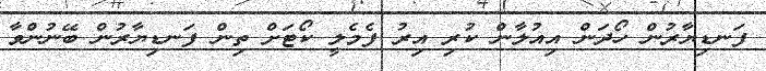
ފަނޑިޔާރުން ހޯދަން އިއުލާން ކުރި އިރު ފެމެލީ ކޯޓަށް ތިން ފަނޑިޔާރުން ބޭނުންވާ